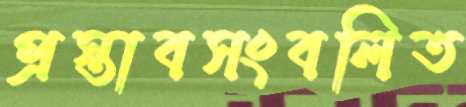
প্রস্তাবসংবলিত